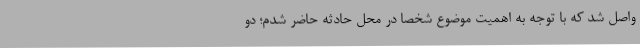
واصل شد که با توجه به اهمیت موضوع شخصاً در محل حادثه حاضر شدم؛ دو